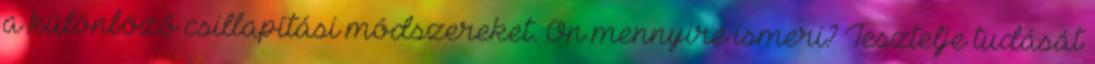
a különböző csillapítási módszereket. Ön mennyire ismeri? Tesztelje tudását